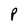
Character: P